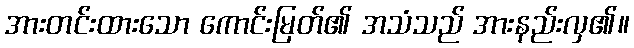
အားတင်းထားသော ကောင်းမြတ်၏ အသံသည် အားနည်းလှ၏။